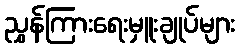
ညွှန်ကြားရေးမှူးချုပ်များ